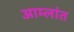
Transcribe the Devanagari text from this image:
आम्लांत